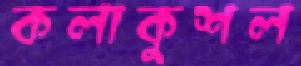
কলাকুশল